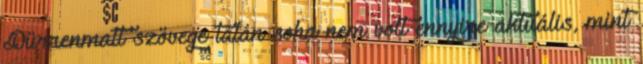
Dürrenmatt szövege talán soha nem volt ennyire aktuális, mint